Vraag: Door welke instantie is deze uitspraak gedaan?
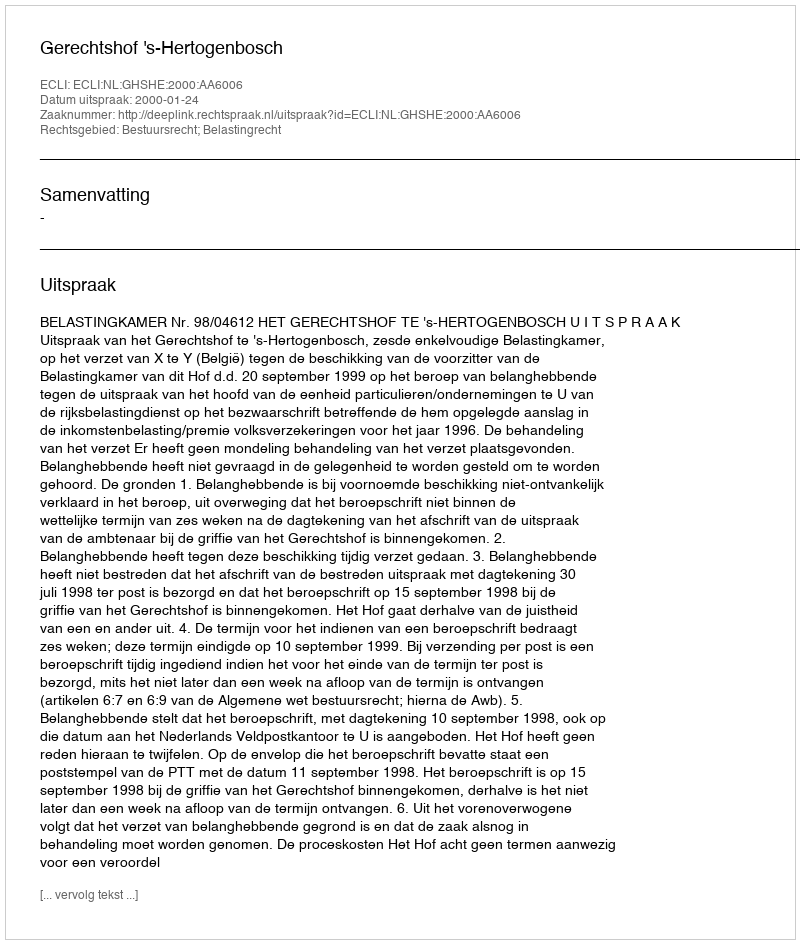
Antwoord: Gerechtshof 's-Hertogenbosch